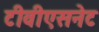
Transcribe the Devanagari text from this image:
टीवीएसनेट